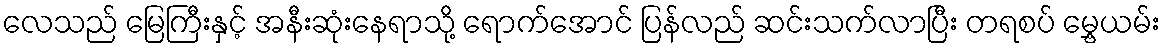
လေသည် မြေကြီးနှင့် အနီးဆုံးနေရာသို့ ရောက်အောင် ပြန်လည် ဆင်းသက်လာပြီး တရစပ် မွှေ့ယမ်း